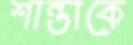
শান্তাকে